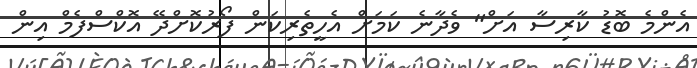
އެންމެ ބޮޑު ކާރިސާ އަށް" ވެދާނެ ކަމަށް އެހީތެރިކަން ފޯރުކޮށްދޭ އޮކްސްފެމް އިން